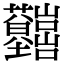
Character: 𡿤